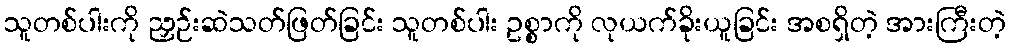
သူတစ်ပါးကို ညှဉ်းဆဲသတ်ဖြတ်ခြင်း သူတစ်ပါး ဥစ္စာကို လုယက်ခိုးယူခြင်း အစရှိတဲ့ အားကြီးတဲ့